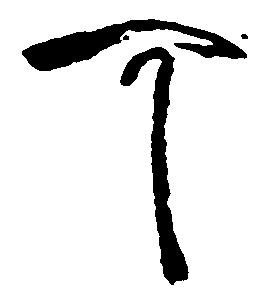
可